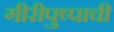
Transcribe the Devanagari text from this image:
गीरीपुष्पाची